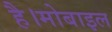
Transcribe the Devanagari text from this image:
है।मोबाइल